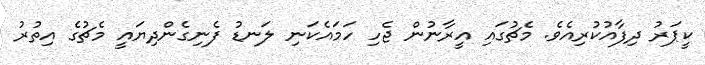
ކީޕަރު ދިފާއުކުރިއެވެ. މެޗުގައި އީރާނުން ޖެހި ހަމައެކަނި ލަނޑު ފެނިގެންދިޔައީ މެޗުގެ އިތުރު